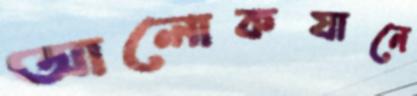
আলোকযানে